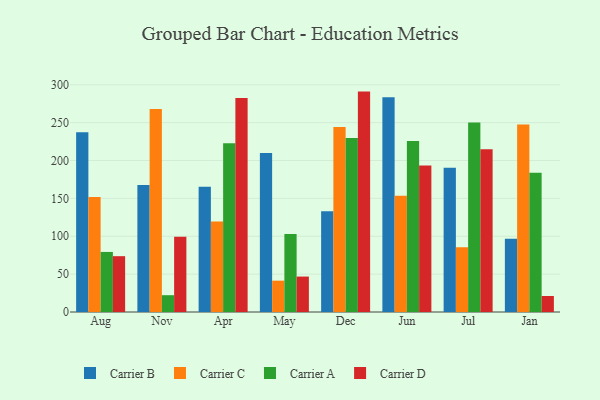
{"axis": {"x": "Month", "y": "Market Share (%)"}, "legend": ["Carrier A", "Carrier B", "Carrier C", "Carrier D"], "data": [{"x": "Aug", "y": 237.3, "type": "Carrier B"}, {"x": "Aug", "y": 152.0, "type": "Carrier C"}, {"x": "Aug", "y": 79.3, "type": "Carrier A"}, {"x": "Aug", "y": 73.7, "type": "Carrier D"}, {"x": "Nov", "y": 167.8, "type": "Carrier B"}, {"x": "Nov", "y": 268.1, "type": "Carrier C"}, {"x": "Nov", "y": 22.2, "type": "Carrier A"}, {"x": "Nov", "y": 99.5, "type": "Carrier D"}, {"x": "Apr", "y": 165.5, "type": "Carrier B"}, {"x": "Apr", "y": 119.4, "type": "Carrier C"}, {"x": "Apr", "y": 222.9, "type": "Carrier A"}, {"x": "Apr", "y": 282.7, "type": "Carrier D"}, {"x": "May", "y": 209.9, "type": "Carrier B"}, {"x": "May", "y": 41.4, "type": "Carrier C"}, {"x": "May", "y": 103.1, "type": "Carrier A"}, {"x": "May", "y": 46.8, "type": "Carrier D"}, {"x": "Dec", "y": 132.9, "type": "Carrier B"}, {"x": "Dec", "y": 244.1, "type": "Carrier C"}, {"x": "Dec", "y": 229.7, "type": "Carrier A"}, {"x": "Dec", "y": 291.0, "type": "Carrier D"}, {"x": "Jun", "y": 283.6, "type": "Carrier B"}, {"x": "Jun", "y": 153.5, "type": "Carrier C"}, {"x": "Jun", "y": 225.8, "type": "Carrier A"}, {"x": "Jun", "y": 193.5, "type": "Carrier D"}, {"x": "Jul", "y": 190.4, "type": "Carrier B"}, {"x": "Jul", "y": 85.6, "type": "Carrier C"}, {"x": "Jul", "y": 250.2, "type": "Carrier A"}, {"x": "Jul", "y": 214.8, "type": "Carrier D"}, {"x": "Jan", "y": 96.7, "type": "Carrier B"}, {"x": "Jan", "y": 247.4, "type": "Carrier C"}, {"x": "Jan", "y": 183.9, "type": "Carrier A"}, {"x": "Jan", "y": 21.1, "type": "Carrier D"}]}